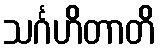
သင်္ဂဟိတာတိ